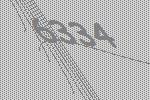
6334